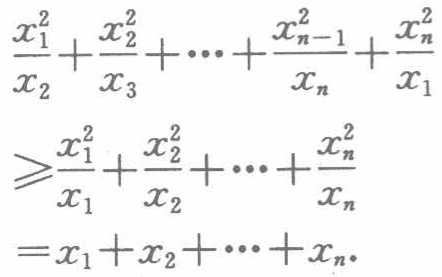
\[\begin{align*}

\frac{x_{1}^{2}}{x_{2}}+\frac{x_{2}^{2}}{x_{3}}+\cdots+\frac{x_{n - 1}^{2}}{x_{n}}+\frac{x_{n}^{2}}{x_{1}}&\geqslant\frac{x_{1}^{2}}{x_{1}}+\frac{x_{2}^{2}}{x_{2}}+\cdots+\frac{x_{n}^{2}}{x_{n}}\\

&=x_{1}+x_{2}+\cdots+x_{n}.

\end{align*}\]